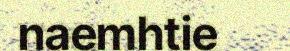
naemhtie